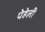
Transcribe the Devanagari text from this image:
पेहेली